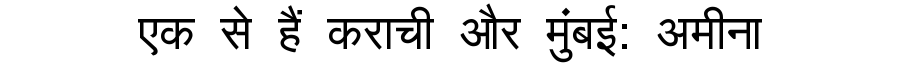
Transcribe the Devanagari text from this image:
एक से हैं कराची और मुंबई: अमीना